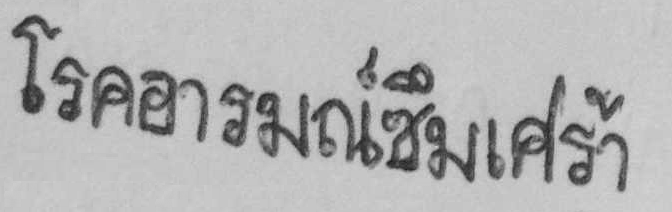
โรคอารมณ์ซึมเศร้า